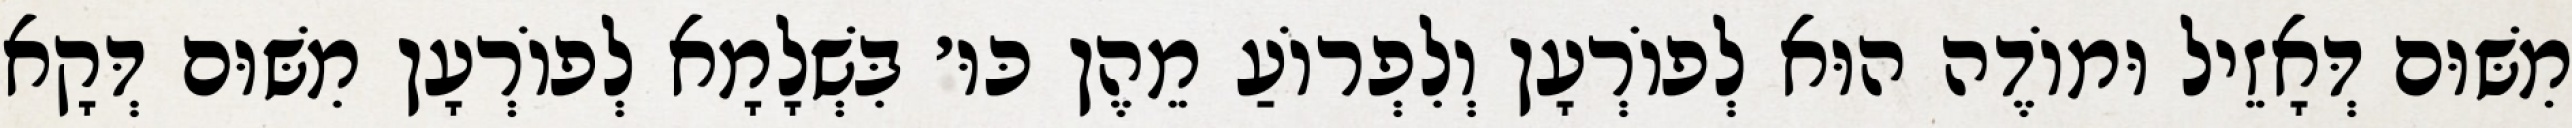
מִשּׁוּם דְּאָזֵיל וּמוֹדֶה הוּא לְפוֹרְעָן וְלִפְרוֹעַ מֵהֶן כּוּ׳ בִּשְׁלָמָא לְפוֹרְעָן מִשּׁוּם דְּקָא